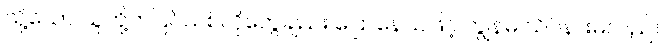
သို့သော် သူတို့ကပြင်သစ်လိုတွေချည်း ပြောနေသဖြင့် ကျွန်မ သိပ်နားမလည်။